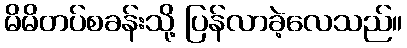
မိမိတပ်စခန်းသို့ ပြန်လာခဲ့လေသည်။